Report on horse surra - Volume II, Part II
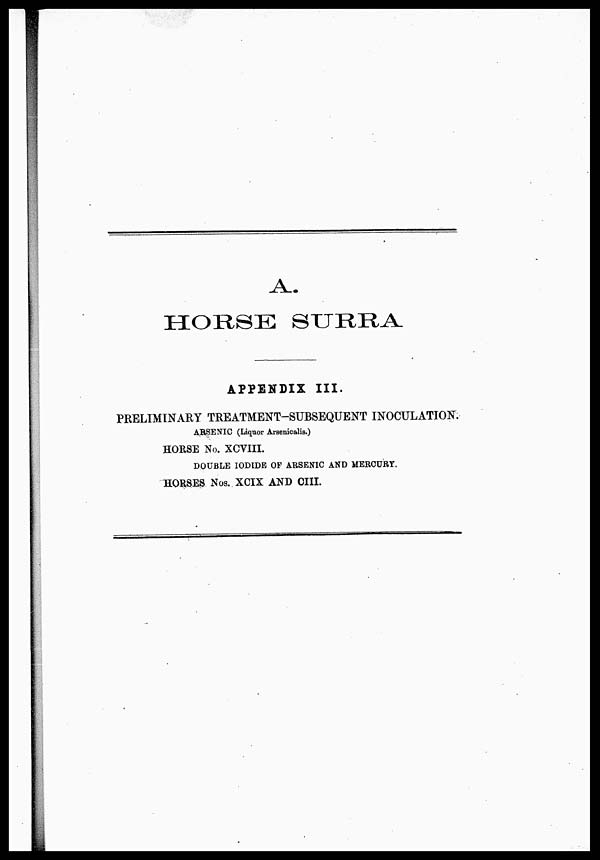
A.
HORSE SURRA
APPENDIX III.
PRELIMINARY TREATMENT-SUBSEQUENT INOCULATION.
A RSE NIC (Liquor Arsenicalis.)
HORSE No. XCVIII.
DOUBLE IODIDE OF ARSENIC AND MERCURY.
HORSES Nos. XCIX AND CIII.